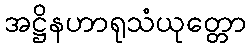
အဋ္ဌိနဟာရုသံယုတ္တော